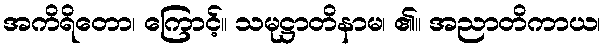
အကိရိတော၊ ကြောင့်။ သမုဋ္ဌာတိနာမ၊ ၏။ အညာတိကာယ၊